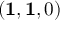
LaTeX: ( \mathbf { 1 } , \mathbf { 1 } , 0 )